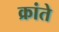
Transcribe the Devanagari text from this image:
क्रांते